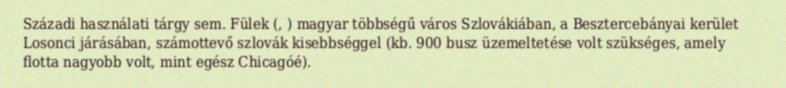
Századi használati tárgy sem. Fülek (, ) magyar többségű város Szlovákiában, a Besztercebányai kerület Losonci járásában, számottevő szlovák kisebbséggel (kb. 900 busz üzemeltetése volt szükséges, amely flotta nagyobb volt, mint egész Chicagóé).